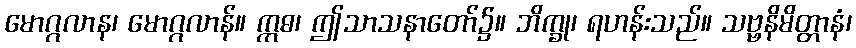
မောဂ္ဂလာန၊ မောဂ္ဂလာန်။ ဣဓ၊ ဤသာသနာတော်၌။ ဘိက္ခု၊ ရဟန်းသည်။ သဗ္ဗနိမိတ္တာနံ၊